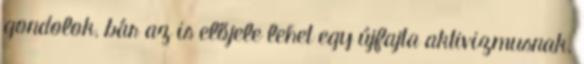
gondolok, bár az is előjele lehet egy újfajta aktivizmusnak.